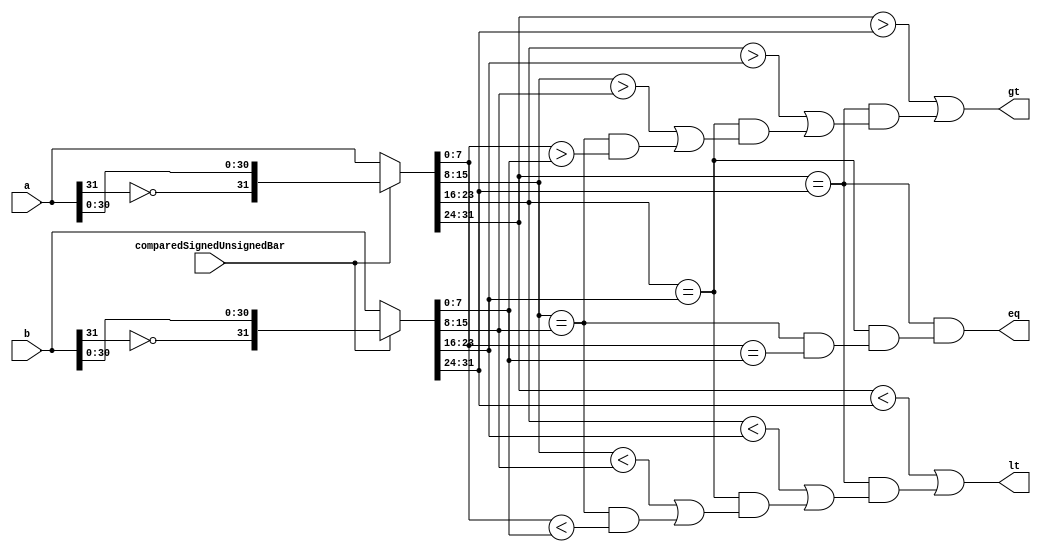
// **************************************************************************************
// Project: AFTAB
// Version: 1.0
// Date:
//
// Module Name: aftab_comparator
// Description:
//
// Dependencies:
//
// File content description:
// comparator for AFTAB datapath
//
// **************************************************************************************
`timescale 1ns/1ns

module aftab_comparator #(parameter size = 32) (
    input [size-1:0] a,
    input [size-1:0] b,
    input comparedSignedUnsignedBar,
    output lt,
    output eq,
    output gt
);

    // wire [size-1:0] sub;

    // assign sub = (a-b);
    // assign lt = (comparedSignedUnsignedBar == 1'b1 && a != b) ? sub[size-1] : a < b;
    // assign eq = (a == b) ;
    // assign gt = (comparedSignedUnsignedBar == 1'b1 && a != b) ? ~sub[size-1] : a > b;

    wire l1, l2, l3;
    wire e1, e2, e3;
    wire g1, g2, g3;

    wire [size-1:0] aa;
    wire [size-1:0] bb;

    assign aa = (comparedSignedUnsignedBar) ? {~a[size-1], a[size-2:0]} : a;
    assign bb = (comparedSignedUnsignedBar) ? {~b[size-1], b[size-2:0]} : b;

    assign l1 = (aa[7:0] < bb[7:0]);
    assign g1 = (aa[7:0] > bb[7:0]);
    assign e1 = (aa[7:0] == bb[7:0]);

    assign l2 = (aa[15:8] < bb[15:8]) | (aa[15:8] == bb[15:8])&l1;
    assign g2 = (aa[15:8] > bb[15:8]) | (aa[15:8] == bb[15:8])&g1;
    assign e2 = (aa[15:8] == bb[15:8])&e1;

    assign l3 = (aa[23:16] < bb[23:16]) | (aa[23:16] == bb[23:16])&l2;
    assign g3 = (aa[23:16] > bb[23:16]) | (aa[23:16] == bb[23:16])&g2;
    assign e3 = (aa[23:16] == bb[23:16])&e2;

    assign lt = (aa[31:24] < bb[31:24]) | (aa[31:24] == bb[31:24])&l3;
    assign gt = (aa[31:24] > bb[31:24]) | (aa[31:24] == bb[31:24])&g3;
    assign eq = (aa[31:24] == bb[31:24])&e3;

endmodule